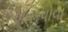
શારાપોવા